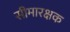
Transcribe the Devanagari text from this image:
सीमारक्षक